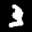
Label: 3